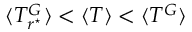
\langle T _ { r ^ { \star } } ^ { G } \rangle < \langle T \rangle < \langle T ^ { G } \rangle